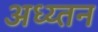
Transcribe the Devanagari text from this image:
अध्य्तन